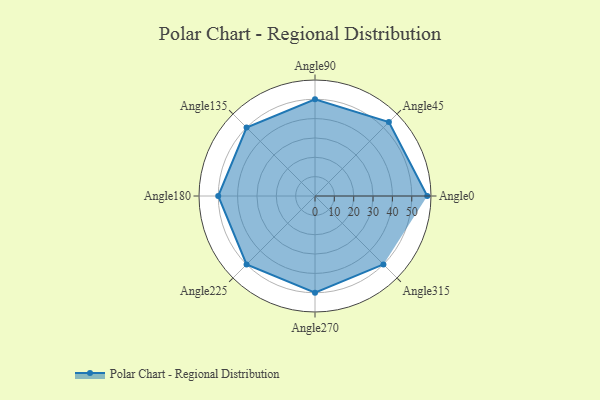
{"axis": {"x": "Angle", "y": "Radius"}, "legend": [""], "data": [{"x": "Angle0", "y": 58.0, "type": ""}, {"x": "Angle45", "y": 54.0, "type": ""}, {"x": "Angle90", "y": 50, "type": ""}, {"x": "Angle135", "y": 50, "type": ""}, {"x": "Angle180", "y": 50, "type": ""}, {"x": "Angle225", "y": 50, "type": ""}, {"x": "Angle270", "y": 50, "type": ""}, {"x": "Angle315", "y": 50, "type": ""}]}